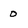
Character: o